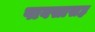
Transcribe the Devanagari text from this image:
पावसासह